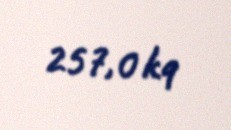
257,0 kq